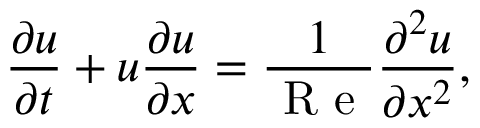
\frac { \partial u } { \partial t } + u \frac { \partial u } { \partial x } = \frac { 1 } { \mathrm { ~ R ~ e ~ } } \frac { \partial ^ { 2 } u } { \partial x ^ { 2 } } ,